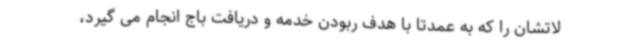
لاتشان را که به عمدتا با هدف ربودن خدمه و دریافت باج انجام می گیرد،